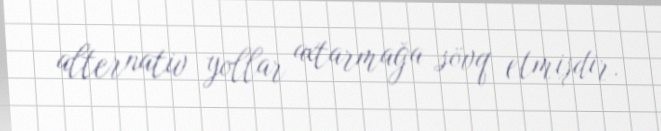
alternativ yollar axtarmağa sövq etmişdir.